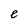
Character: e